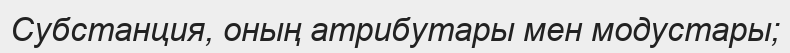
Субстанция, оның атрибутары мен модустары;